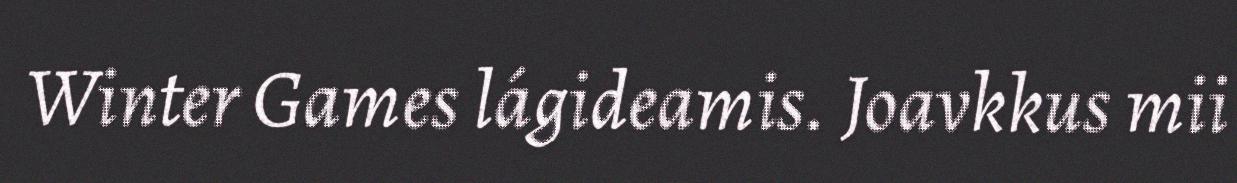
Winter Games lágideamis. Joavkkus mii